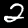
Digit: 2